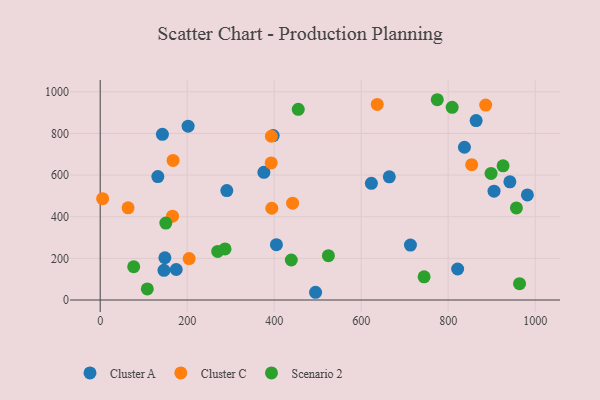
{"axis": {"x": "Study Hours", "y": "Rating"}, "legend": ["Cluster A", "Cluster C", "Scenario 2"], "data": [{"x": "376.3", "y": 613.4, "type": "Cluster A"}, {"x": "664.6", "y": 591.7, "type": "Cluster A"}, {"x": "837.3", "y": 733.7, "type": "Cluster A"}, {"x": "202.1", "y": 834.7, "type": "Cluster A"}, {"x": "143.0", "y": 795.9, "type": "Cluster A"}, {"x": "905.4", "y": 522.7, "type": "Cluster A"}, {"x": "495.1", "y": 37.1, "type": "Cluster A"}, {"x": "713.2", "y": 263.6, "type": "Cluster A"}, {"x": "941.8", "y": 567.4, "type": "Cluster A"}, {"x": "405.1", "y": 265.8, "type": "Cluster A"}, {"x": "148.7", "y": 203.0, "type": "Cluster A"}, {"x": "132.5", "y": 592.6, "type": "Cluster A"}, {"x": "397.7", "y": 789.6, "type": "Cluster A"}, {"x": "174.8", "y": 146.5, "type": "Cluster A"}, {"x": "982.0", "y": 504.7, "type": "Cluster A"}, {"x": "864.2", "y": 861.7, "type": "Cluster A"}, {"x": "623.4", "y": 560.5, "type": "Cluster A"}, {"x": "291.1", "y": 525.5, "type": "Cluster A"}, {"x": "821.7", "y": 149.0, "type": "Cluster A"}, {"x": "146.6", "y": 142.6, "type": "Cluster A"}, {"x": "886.2", "y": 936.4, "type": "Cluster C"}, {"x": "167.6", "y": 670.3, "type": "Cluster C"}, {"x": "64.1", "y": 442.9, "type": "Cluster C"}, {"x": "166.3", "y": 402.7, "type": "Cluster C"}, {"x": "393.1", "y": 658.4, "type": "Cluster C"}, {"x": "394.5", "y": 440.6, "type": "Cluster C"}, {"x": "204.5", "y": 199.0, "type": "Cluster C"}, {"x": "442.3", "y": 464.9, "type": "Cluster C"}, {"x": "393.5", "y": 786.4, "type": "Cluster C"}, {"x": "5.6", "y": 486.8, "type": "Cluster C"}, {"x": "636.9", "y": 939.4, "type": "Cluster C"}, {"x": "854.0", "y": 650.1, "type": "Cluster C"}, {"x": "150.9", "y": 369.7, "type": "Scenario 2"}, {"x": "774.9", "y": 961.9, "type": "Scenario 2"}, {"x": "108.3", "y": 53.2, "type": "Scenario 2"}, {"x": "270.1", "y": 233.1, "type": "Scenario 2"}, {"x": "77.0", "y": 159.7, "type": "Scenario 2"}, {"x": "744.6", "y": 111.2, "type": "Scenario 2"}, {"x": "956.8", "y": 442.4, "type": "Scenario 2"}, {"x": "524.6", "y": 212.7, "type": "Scenario 2"}, {"x": "898.5", "y": 607.7, "type": "Scenario 2"}, {"x": "809.1", "y": 925.4, "type": "Scenario 2"}, {"x": "287.0", "y": 245.2, "type": "Scenario 2"}, {"x": "455.3", "y": 915.7, "type": "Scenario 2"}, {"x": "926.1", "y": 644.5, "type": "Scenario 2"}, {"x": "964.0", "y": 78.2, "type": "Scenario 2"}, {"x": "439.3", "y": 192.0, "type": "Scenario 2"}]}